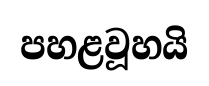
පහළවූහයි